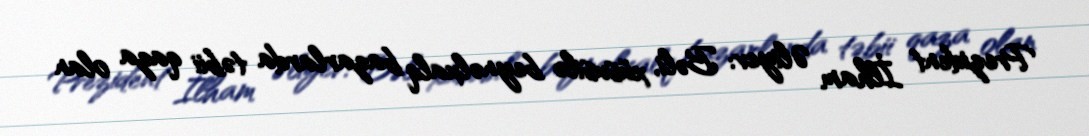
Prezident İlham Əliyev: Bəli, xüsusilə beynəlxalq bazarlarda təbii qaza olan